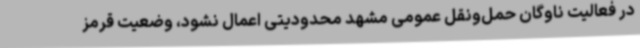
در فعالیت ناوگان حمل‌ونقل عمومی مشهد محدودیتی اعمال نشود، وضعیت قرمز